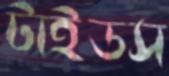
টাইডস